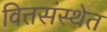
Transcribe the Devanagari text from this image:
वित्तसंस्थेत